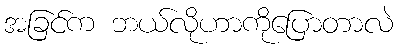
အခြင်က ဘယ်လိုဟာကိုပြောတာလဲ